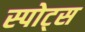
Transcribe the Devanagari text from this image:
स्‍पोट्स